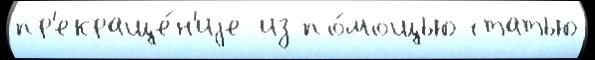
пр'екраще́н'иjе из по́мощью статью